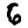
Digit: 6